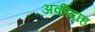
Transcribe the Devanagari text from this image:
अकीदाह